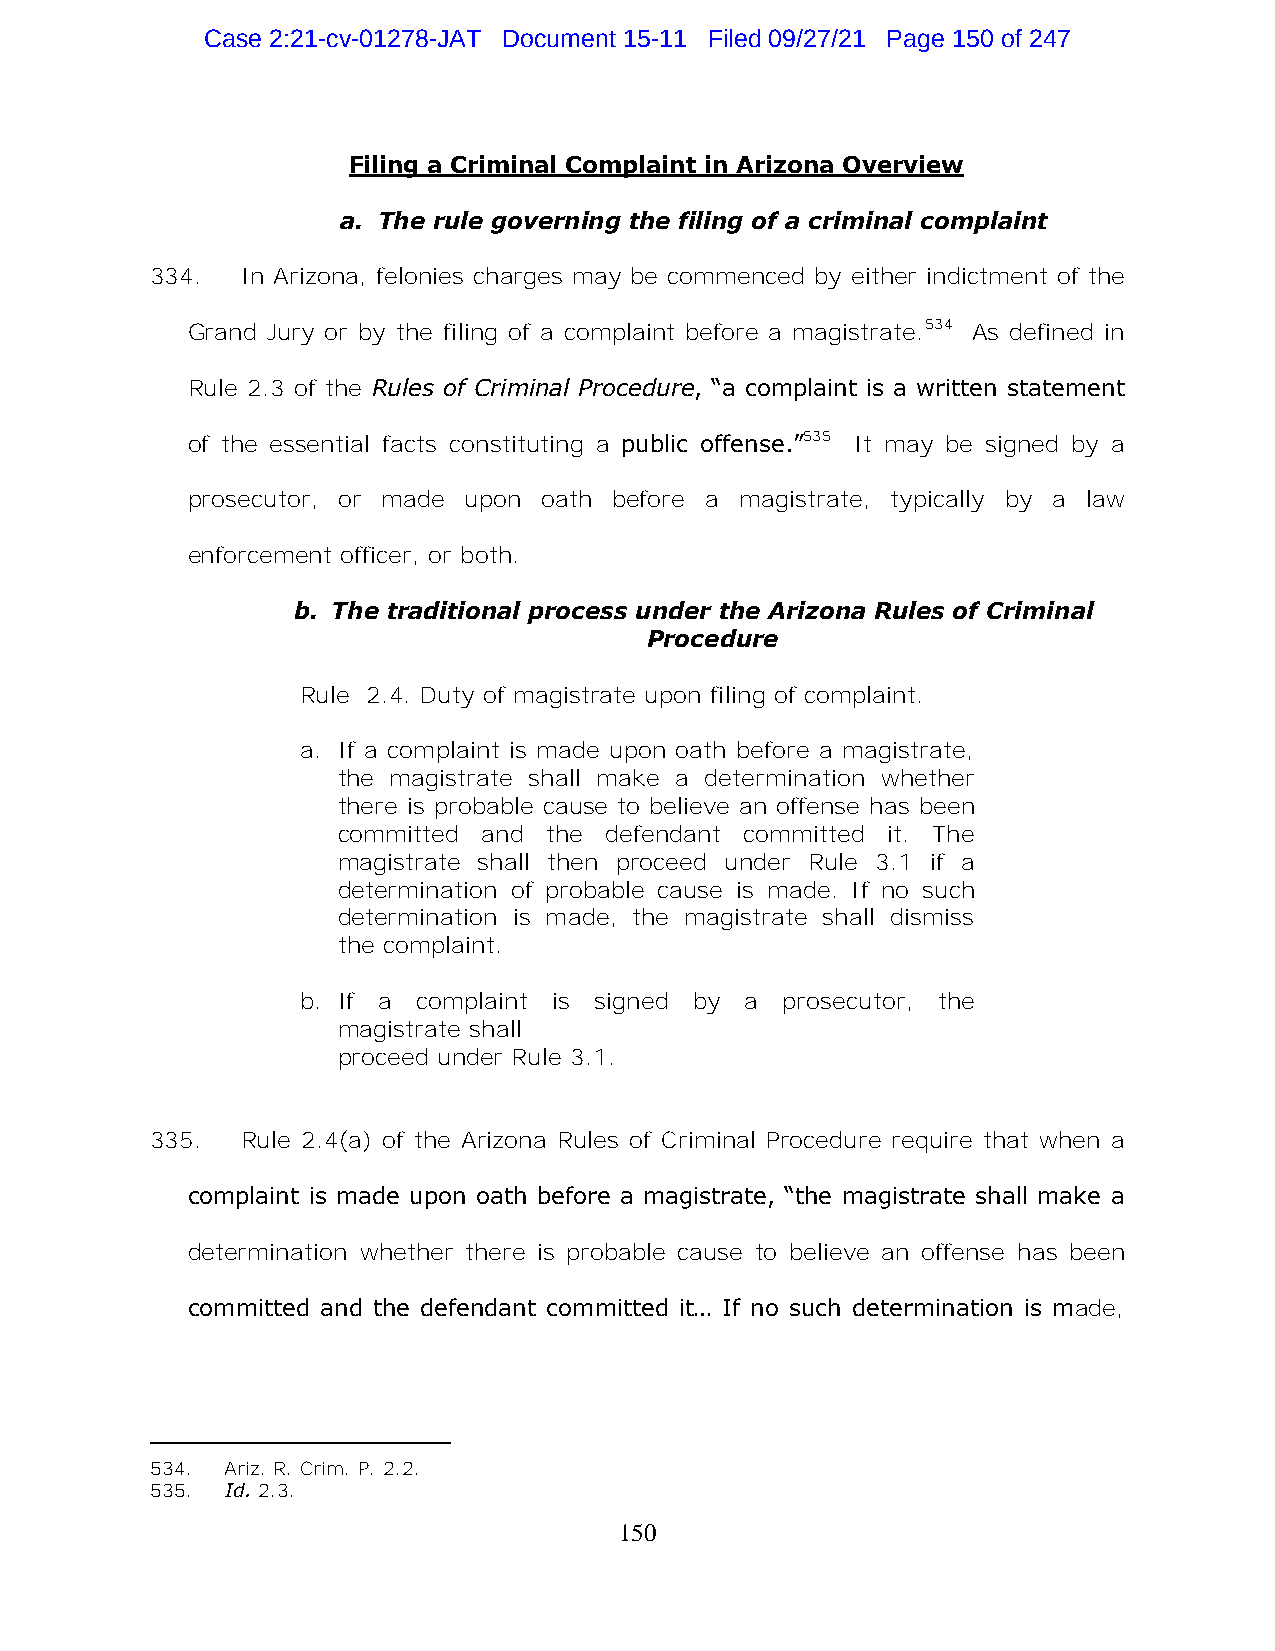
Case 2:21-cv-01278-JAT Document 15-11 Filed 09/27/21 Page 150 of 247
 Filing a Criminal Complaint in Arizona Overview
 a. The rule governing the filing of a criminal complaint
 334.  In Arizona, felonies charges may be commenced by either indictment of the
 Grand Jury or by the filing of a complaint before a magistrate.534 As defined in
 Rule 2.3 of the Rules of Criminal Procedure, “a complaint is a written statement
 of the essential facts constituting a public offense.”535 It may be signed by a
 prosecutor, or made upon oath before a magistrate, typically by a law
 enforcement officer, or both.
 b. The traditional process under the Arizona Rules of Criminal
 Procedure
 Rule 2.4. Duty of magistrate upon filing of complaint.
 a. If a complaint is made upon oath before a magistrate,
 the magistrate shall make a determination whether
 there is probable cause to believe an offense has been
 committed and the defendant committed it. The
 magistrate shall then proceed under Rule 3.1 if a
 determination of probable cause is made. If no such
 determination is made, the magistrate shall dismiss
 the complaint.
 b. If a complaint is signed by a prosecutor, the
 magistrate shall
 proceed under Rule 3.1.
 335.  Rule 2.4(a) of the Arizona Rules of Criminal Procedure require that when a
 complaint is made upon oath before a magistrate, “the magistrate shall make a
 determination whether there is probable cause to believe an offense has been
 committed and the defendant committed it… If no such determination is made,
 534. Ariz. R. Crim. P. 2.2.
 535. Id. 2.3.
 150